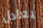
يعادل